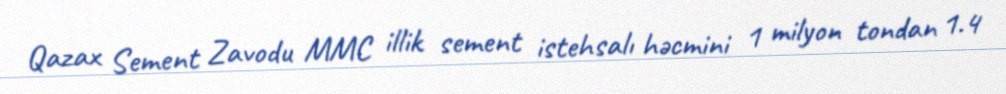
Qazax Sement Zavodu MMC illik sement istehsalı həcmini 1 milyon tondan 1.4